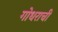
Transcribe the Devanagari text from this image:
गोधराची